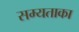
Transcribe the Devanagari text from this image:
सम्यताका